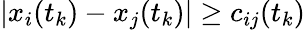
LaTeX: |x_{i}(t_{k})-x_{j}(t_{k})|\geq c_{ij}(t_{k})